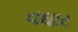
વઘાર